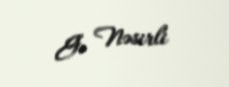
G. Nəsirli